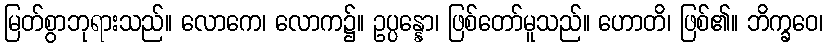
မြတ်စွာဘုရားသည်။ လောကေ၊ လောက၌။ ဥပ္ပန္နော၊ ဖြစ်တော်မူသည်။ ဟောတိ၊ ဖြစ်၏။ ဘိက္ခဝေ၊